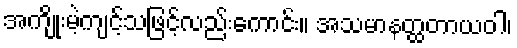
အကျိုးမဲ့ကျင့်သဖြင့်လည်းကောင်း။ အသမာနတ္ထတာယဝါ၊